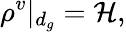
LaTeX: \rho^{v}\vert_{d_{g}}=\mathcal{H},